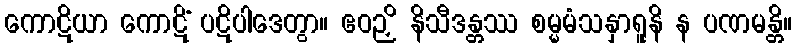
ကောဋိယာ ကောဋိံ ပဋိပါဒေတွာ။ ဧဝဉှိ နိသီဒန္တဿ စမ္မမံသနှာရူနိ န ပဏမန္တိ။